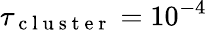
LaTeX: \tau_{\mathrm{~c~l~u~s~t~e~r~}}=10^{-4}